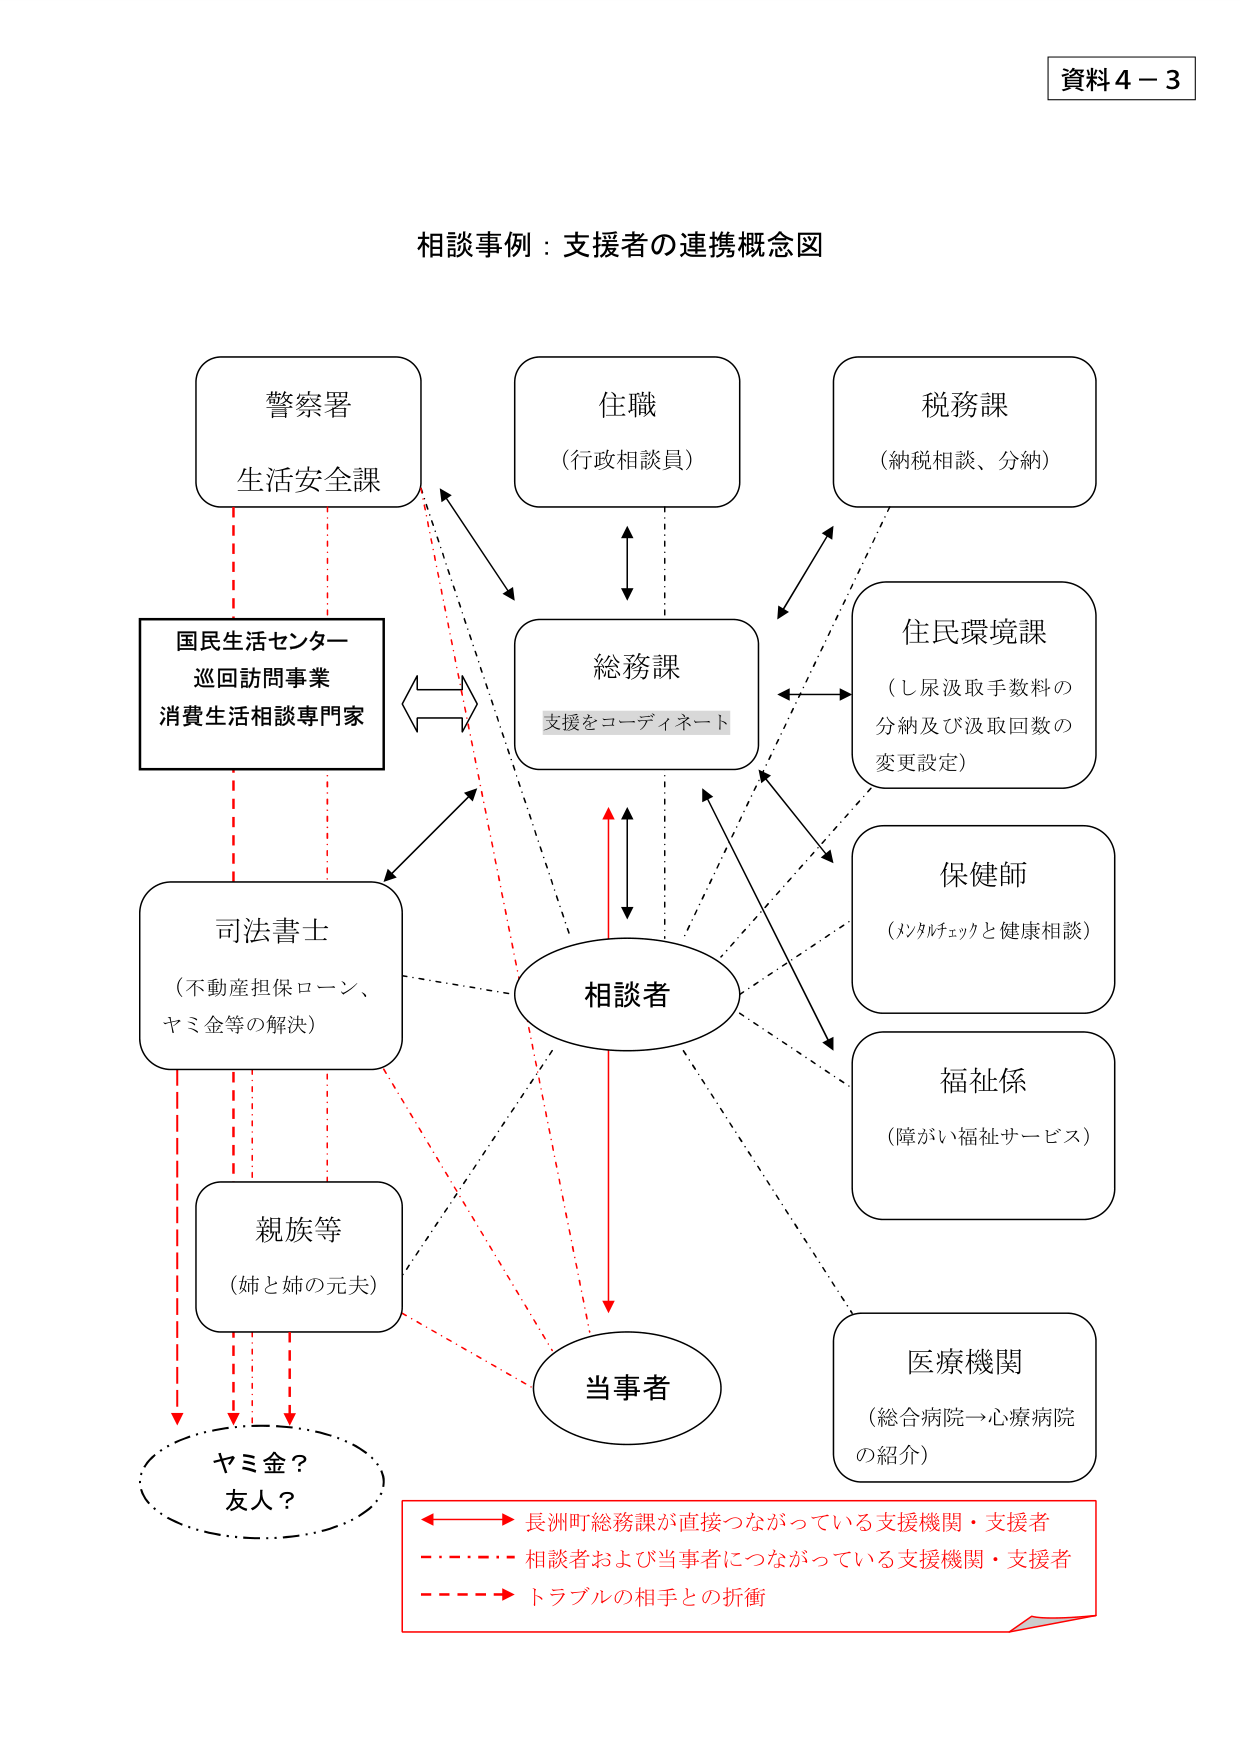
資料４－３

相談事例：支援者の連携概念図

警察署
生活安全課

住職
（行政相談員）

税務課
（納税相談、分納）

国民生活センター
巡回訪問事業
消費生活相談専門家

総務課
支援をコーディネート

住民環境課
（し尿汲取手数料の
分納及び汲取回数の
変更設定）

司法書士
（不動産担保ローン、
ヤミ金等の解決）

保健師
（メンタルチェックと健康相談）

相談者

福祉係
（障がい福祉サービス）

親族等
（姉と姉の元夫）

当事者

医療機関
（総合病院→心療病院
の紹介）

ヤミ金？
友人？

←→ 長洲町総務課が直接つながっている支援機関・支援者
- - - - - 相談者および当事者につながっている支援機関・支援者
- - - - → トラブルの相手との折衝